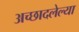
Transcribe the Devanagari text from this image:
अच्छादलेल्या